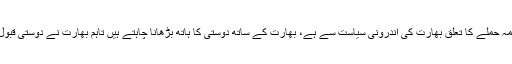
وزیر خزانہ اسد عمر کا کہنا تھا کہ پلوامہ حملے کا تعلق بھارت کی اندرونی سیاست سے ہے، بھارت کے ساتھ دوستی کا ہاتھ بڑھانا چاہتے ہیں تاہم بھارت نے دوستی قبول نہ کی تو یہ ہاتھ مکا بھی بن سکتا ہے۔